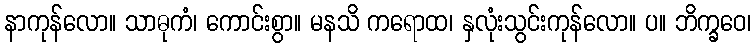
နာကုန်လော။ သာဓုကံ၊ ကောင်းစွာ။ မနသိ ကရောထ၊ နှလုံးသွင်းကုန်လော။ ပ။ ဘိက္ခဝေ၊